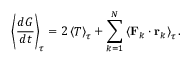
\left\langle { \frac { d G } { d t } } \right\rangle _ { \tau } = 2 \left\langle T \right\rangle _ { \tau } + \sum _ { k = 1 } ^ { N } \left\langle \mathbf { F } _ { k } \cdot \mathbf { r } _ { k } \right\rangle _ { \tau } .